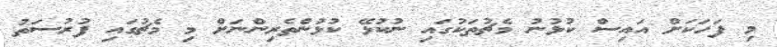
މި ފަހަކަށް އައިސް ކުޅުނު މެޗުތަކުގައި ނުކުޅޭ ކުޅުންތެރިންނަށް މި މެޗުގައި ފުރުސަތު